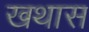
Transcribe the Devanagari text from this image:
खथास